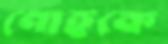
পোহকে